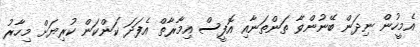
އެމީހުން ނިދަން ބޭނުންވާ ތަންތަނާއި އޮފީސް އިމާރާތް އެފަދަ ކަންކަން ކުރިޔަށް މިހާރު